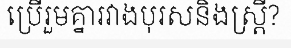
ប្រើរួមគ្នារវាងបុរសនិងស្ត្រី?